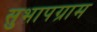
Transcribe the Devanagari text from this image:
सुभापग्राम